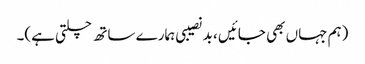
(ہم جہاں بھی جائیں ، بد نصیبی ہمارے ساتھ چلتی ہے)۔